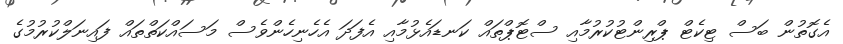
އެގޮތުން ބަސް ޓިކެޓް ޕްރިންޓުކުރުމާއި ސްޓޮޕްތައް ކަނޑައެޅުމާއި އެފަދަ އެހެނިހެންވެސް މަސައްކަތްތައް ފައިނަލްކުރުމުގެ